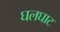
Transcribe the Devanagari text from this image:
घलघाट